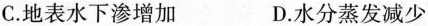
C.地表水下渗增加 D.水分蒸发减少